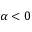
\alpha < 0